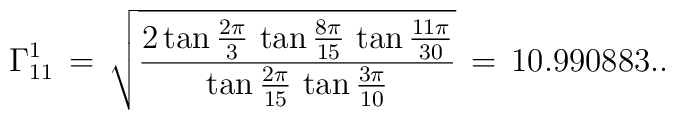
\Gamma_{11}^1 \,=\,\sqrt{\frac{2 \tan \frac{2\pi}{3} \,\tan\frac{8\pi}{15}\,\tan\frac{11 \pi}{30}}{\tan\frac{2\pi}{15} \,\tan\frac{3\pi}{10}}} \,=\,10.990883..